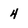
Character: 4